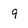
Character: q